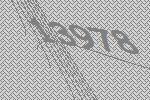
13978